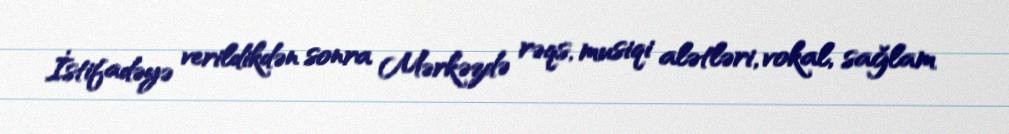
İstifadəyə verildikdən sonra Mərkəzdə rəqs, musiqi alətləri, vokal, sağlam